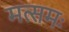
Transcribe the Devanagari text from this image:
मत्समः